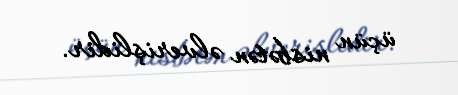
üçün nisbətən əlverişlidir.